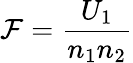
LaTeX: \mathcal{F}={\frac{{U_{1}}}{{n_{1}n_{2}}}}